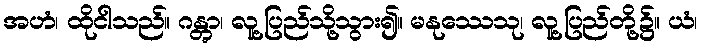
အဟံ၊ ထိုငါသည်။ ဂန္တွာ၊ လူ့ပြည်သို့သွား၍။ မနုဿေသု၊ လူ့ပြည်တို့၌။ ယံ၊